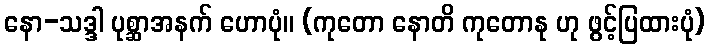
နော-သဒ္ဒါ ပုစ္ဆာအနက် ဟောပုံ။ (ကုတော နောတိ ကုတောနု ဟု ဖွင့်ပြထားပုံ)